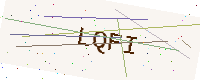
Text: LQFI